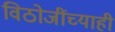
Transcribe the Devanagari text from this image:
विठोजींच्याही